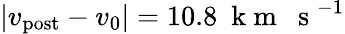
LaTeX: |v_{\mathrm{post}}-v_{0}|=10.8~\mathrm{~k~m~~~s~}^{-1}